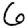
Digit: 6